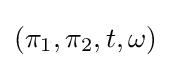
(\pi _{1},\pi _{2},t,\omega )